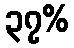
၃၇%